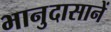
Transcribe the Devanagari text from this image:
भानुदासानें